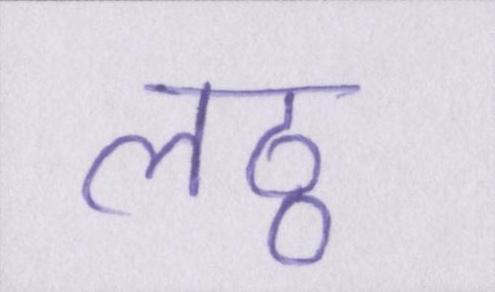
लठ्ठ